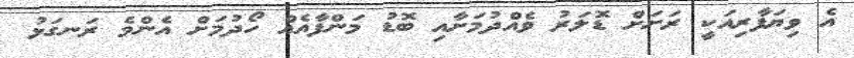
އެ ވިޔަފާރިއަކީ ރަށަށް ޑޮލަރު ވެއްދުމަށާއި ބޮޑު މަންފާއެއް ހޯދުމަށް އެންމެ ރަނގަޅު